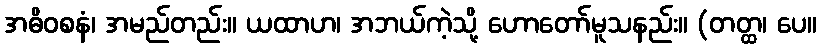
အဓိဝစနံ၊ အမည်တည်း။ ယထာဟ၊ အဘယ်ကဲ့သို့ ဟောတော်မူသနည်း။ (တတ္ထ၊ ပေ။